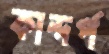
কান্দর্প